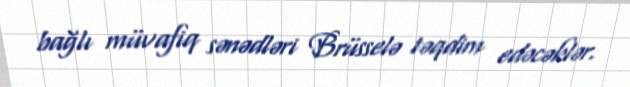
bağlı müvafiq sənədləri Brüsselə təqdim edəcəklər.